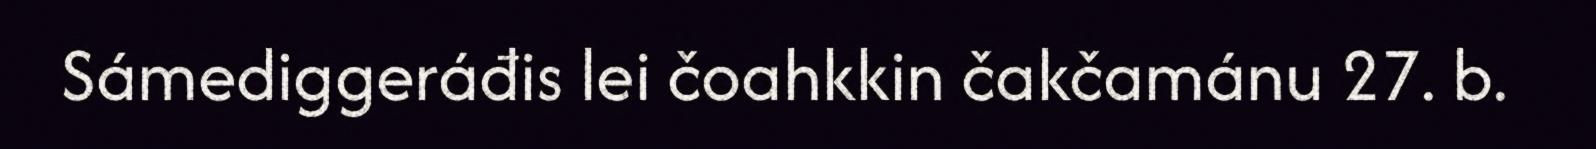
Sámediggeráđis lei čoahkkin čakčamánu 27. b.